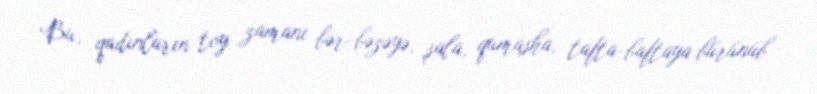
Bu, qadınların toy zamanı bər-bəzəyə, şala, qumasha, tafta-baftaya bürünüb